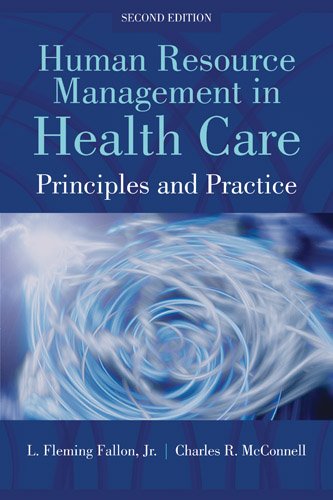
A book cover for Human Resource Management In Health Care: Principles and Practices; L. Fleming Fallon Jr.; Medical Books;